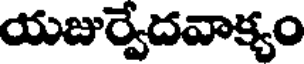
యజుర్వేదవాక్యం